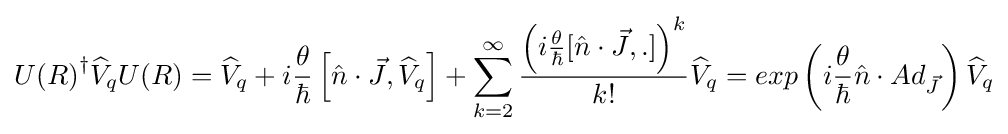
{U(R)}^{\dagger }{\widehat {V}}_{q}U(R)={\widehat {V}}_{q}+i{\frac {\theta }{\hbar }}\left[{\hat {n}}\cdot {\vec {J}},{\widehat {V}}_{q}\right]+\sum _{k=2}^{\infty }{\frac {\left(i{\frac {\theta }{\hbar }}[{\hat {n}}\cdot {\vec {J}},.]\right)^{k}}{k!}}{\widehat {V}}_{q}=exp\left({i{\frac {\theta }{\hbar }}{\hat {n}}\cdot Ad_{\vec {J}}}\right){\widehat {V}}_{q}